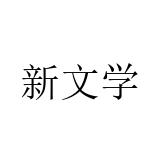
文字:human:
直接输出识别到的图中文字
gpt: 新文学